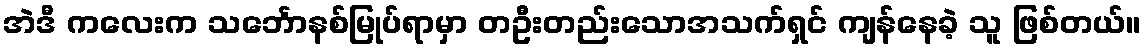
အဲဒီ ကလေးက သင်္ဘောနစ်မြုပ်ရာမှာ တဦးတည်းသောအသက်ရှင် ကျန်နေခဲ့ သူ ဖြစ်တယ်။